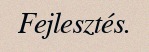
Fejlesztés.